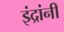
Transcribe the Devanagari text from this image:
इंद्रांनी